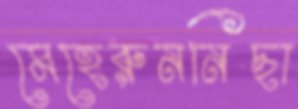
মেহেরুননিছা